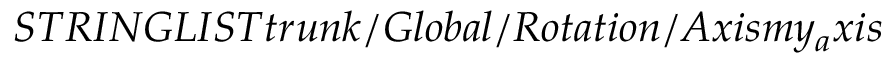
S T R I N G L I S T t r u n k / G l o b a l / R o t a t i o n / A x i s m y _ { a } x i s